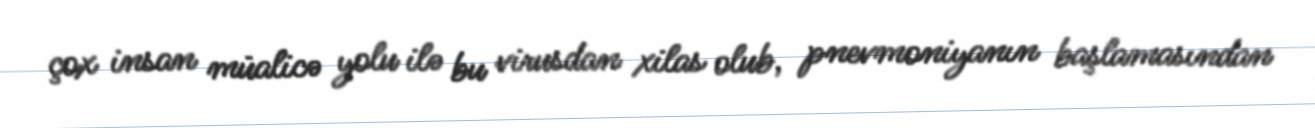
çox insan müalicə yolu ilə bu virusdan xilas olub, pnevmoniyanın başlamasından